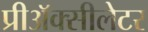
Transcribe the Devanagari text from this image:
प्रीअॅक्सीलेटर